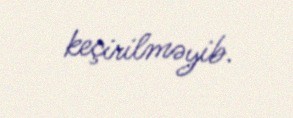
keçirilməyib.